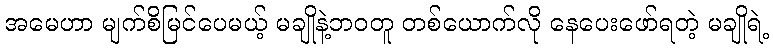
အမေဟာ မျက်စိမြင်ပေမယ့် မချိုနဲ့ဘဝတူ တစ်ယောက်လို နေပေးဖော်ရတဲ့ မချိုရဲ့